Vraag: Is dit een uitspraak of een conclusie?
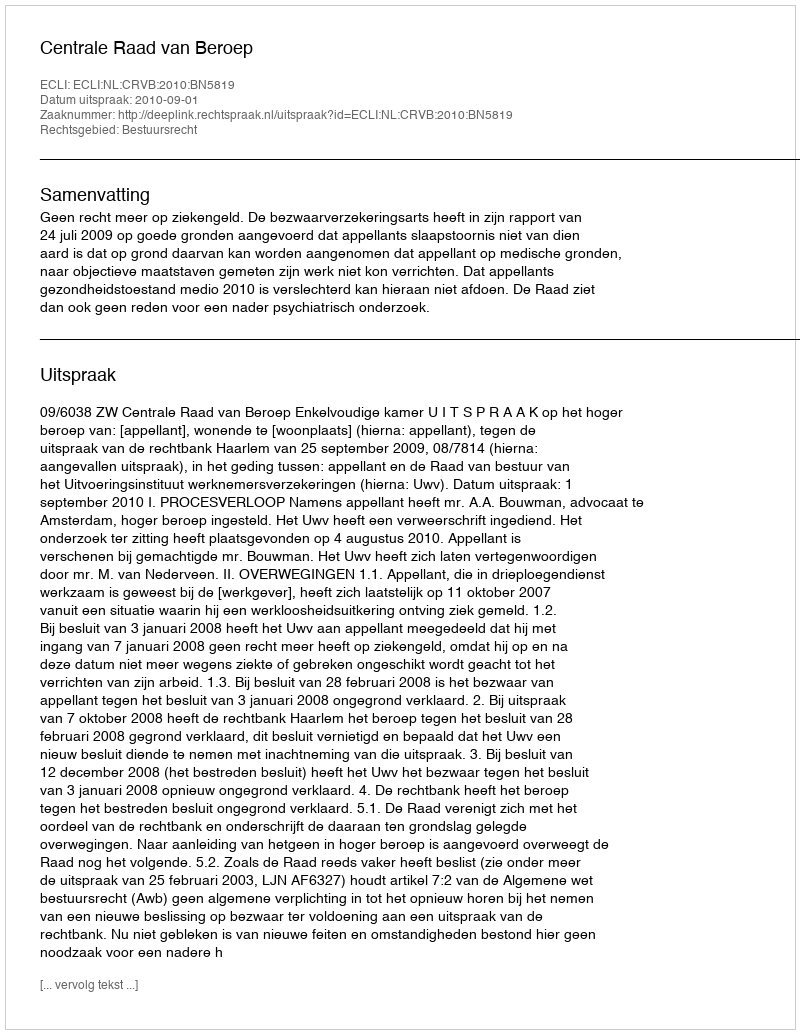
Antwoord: Uitspraak